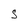
Character: S